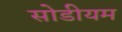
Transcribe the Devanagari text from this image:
सोडीयम